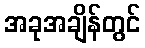
အခုအချိန်တွင်